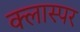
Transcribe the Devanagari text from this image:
क्लास्पर